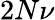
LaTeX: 2N\nu